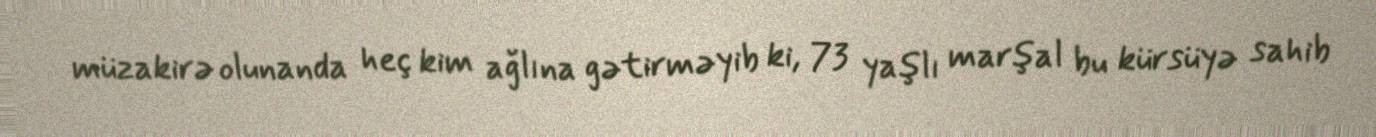
müzakirə olunanda heç kim ağlına gətirməyib ki, 73 yaşlı marşal bu kürsüyə sahib